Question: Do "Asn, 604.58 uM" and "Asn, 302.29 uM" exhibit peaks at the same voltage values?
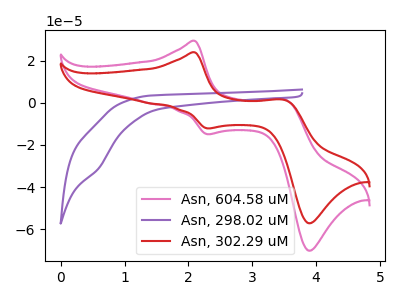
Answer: <think>The pink curve "Asn, 604.58 uM" has anodic peaks at (2.10V, 29.35uA) (3.50V, 1.60uA) and cathodic peaks at (2.30V, -14.90uA) (3.90V, -70.10uA). The purple curve "Asn, 298.02 uM" has a cathodic peak at: (0.60V, -30.90uA). The red curve "Asn, 302.29 uM" has anodic peaks at (2.10V, 23.90uA) (3.50V, 1.30uA) and cathodic peaks at (2.30V, -12.15uA) (3.90V, -57.10uA).</think>
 <answer>Yes, "Asn, 604.58 uM" have a peak in "Asn, 302.29 uM" at the same potential.</answer>
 <eval>match</eval>